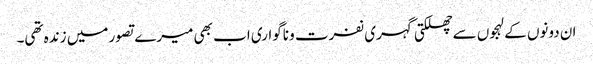
ان دونوں کے لہجوں سے چھلکتی گہری نفرت و ناگواری اب بھی میرے تصور میں زندہ تھی۔